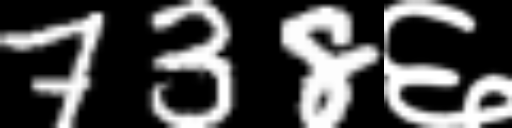
Text: 738६